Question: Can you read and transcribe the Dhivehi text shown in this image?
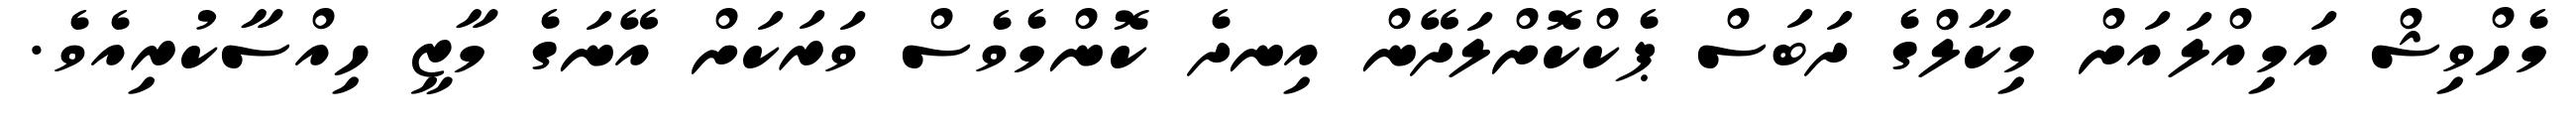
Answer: މެހްވިޝް އަމިއްލައަށް މިކާލްގެ ދަބަސް ޕެކްކޮށްލަދޭން އިނދެ ކޮންމެވެސް ވަރަކަށް އޭނަގެ މާޒީ ހިއްސާކުރިއެވެ.